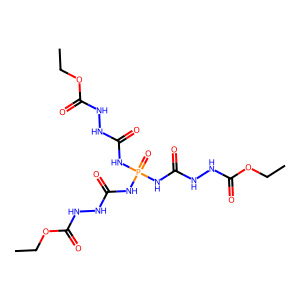
SMILES: CCOC(=O)NNC(=O)NP(=O)(NC(=O)NNC(=O)OCC)NC(=O)NNC(=O)OCC
Inhibits HIV replication: No